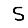
Digit: 5